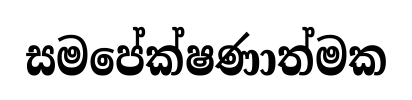
සමපේක්ෂණාත්මක